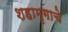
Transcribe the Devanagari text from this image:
शहामृगाचे